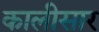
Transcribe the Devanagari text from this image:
कालीसार